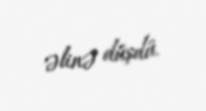
əlinə düşdü.